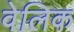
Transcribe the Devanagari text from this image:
वेलिक